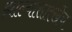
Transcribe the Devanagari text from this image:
झाल्यासारखेंच